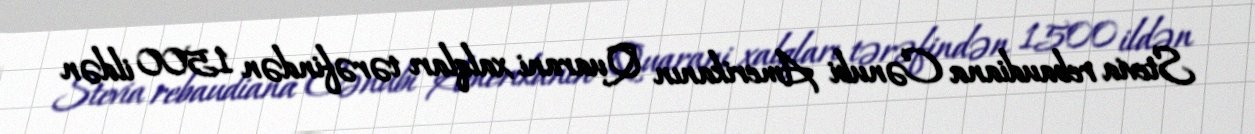
Stevia rebaudiana Cənubi Amerikanın Quarani xalqları tərəfindən 1500 ildən